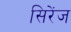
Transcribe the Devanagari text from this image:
सिरेंज